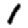
Digit: 1